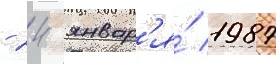
- 24 январ'я́ 1987